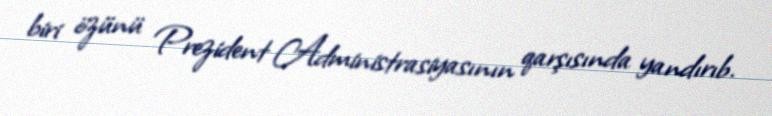
biri özünü Prezident Administrasiyasının qarşısında yandırıb.